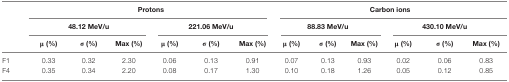
|  | <COLSPAN=6> Protons | <COLSPAN=6> Carbon ions |
 |  | <COLSPAN=3> 48.12 MeV/u | <COLSPAN=3> 221.06 MeV/u | <COLSPAN=3> 88.83 MeV/u | <COLSPAN=3> 430.10 MeV/u |
 |  | μ (%) | σ (%) | Max (%) | μ (%) | σ (%) | Max (%) | μ (%) | σ (%) | Max (%) | μ (%) | σ (%) | Max (%) |
 | --- | --- | --- | --- | --- | --- | --- | --- | --- | --- | --- | --- | --- |
 | F1 | 0.33 | 0.32 | 2.30 | 0.06 | 0.13 | 0.91 | 0.07 | 0.13 | 0.93 | 0.02 | 0.06 | 0.83 |
 | F4 | 0.35 | 0.34 | 2.20 | 0.08 | 0.17 | 1.30 | 0.10 | 0.18 | 1.26 | 0.05 | 0.12 | 0.85 |